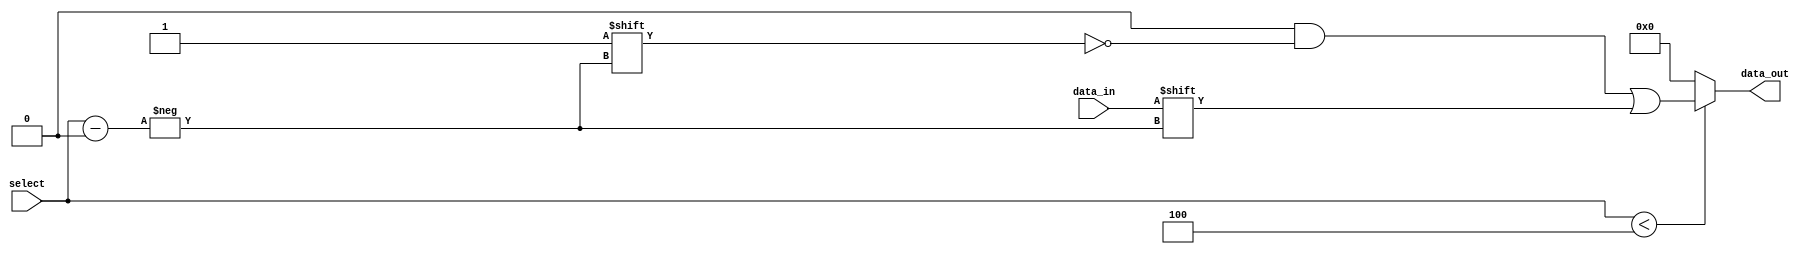
module parameterized_demux #(
    parameter N = 4  // Number of output lines, default is 4
) (
    input wire data_in,                // Input data line
    input wire [$clog2(N)-1:0] select, // Select line (log2(N) bits)
    output reg [N-1:0] data_out        // Output data lines
);

    // Combinational logic to route data_in to the appropriate output line
    always @(*) begin
        // Default all outputs to 0
        data_out = {N{1'b0}};
        
        // Check if select is within valid range
        if (select < N) begin
            data_out[select] = data_in; // Route data_in to the selected output
        end
        // If select is out of range, data_out remains 0 (handled by default assignment)
    end

endmodule